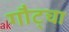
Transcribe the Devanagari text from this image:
गौट्चा